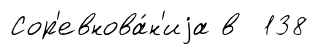
Сор'евнова́н'иjа в 138